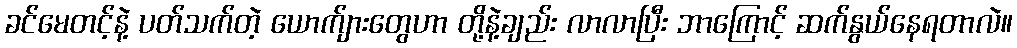
ခင်မေတင့်နဲ့ ပတ်သက်တဲ့ ယောက်ျားတွေဟာ တို့နဲ့ချည်း လာလာပြီး ဘာကြောင့် ဆက်နွယ်နေရတာလဲ။